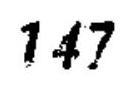
\(147\)